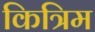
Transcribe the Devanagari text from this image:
कित्रिम